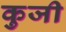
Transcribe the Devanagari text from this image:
कुजी